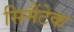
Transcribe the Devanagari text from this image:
सिमैंटेक